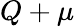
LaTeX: Q+\mu